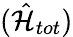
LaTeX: (\hat{\mathcal{H}}_{tot})